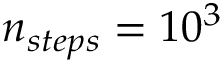
n _ { s t e p s } = 1 0 ^ { 3 }